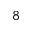
^ 8